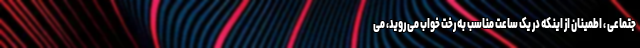
جتماعی ، اطمینان از اینکه در یک ساعت مناسب به رخت خواب می روید، می